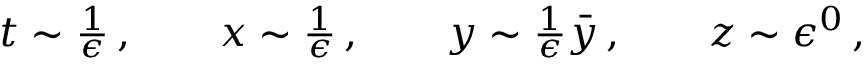
\begin{array} { r } { t \sim \frac { 1 } { \epsilon } \, , \qquad x \sim \frac { 1 } { \epsilon } \, , \qquad y \sim \frac { 1 } { \epsilon } \bar { y } \, , \qquad z \sim \epsilon ^ { 0 } \, , } \end{array}